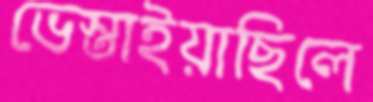
ভেস্তাইয়াছিলে